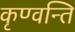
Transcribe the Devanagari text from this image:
कृण्वन्ति